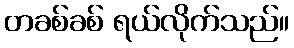
တခစ်ခစ် ရယ်လိုက်သည်။